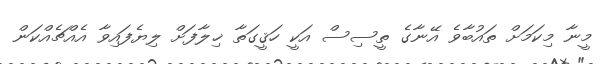
މީނާ މިކަމަށް ތައުބާވެ އޭނާގެ ތީސިސް އަކީ ހަޤީގަތާ ޚިލާފަށް ލިޔެފައިވާ އެއްޗެއްކަން